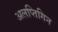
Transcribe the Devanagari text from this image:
अलप्तिगिन